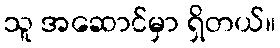
သူ အဆောင်မှာ ရှိတယ်။